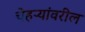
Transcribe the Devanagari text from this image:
चेहऱ्यांवरील